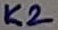
Text: K2